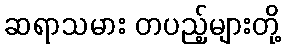
ဆရာသမား တပည့်များတို့